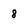
Character: 8